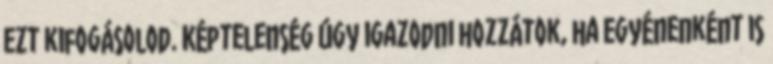
ezt kifogásolod. Képtelenség úgy igazodni hozzátok, ha egyénenként is